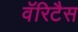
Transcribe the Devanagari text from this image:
वॅरिटैस